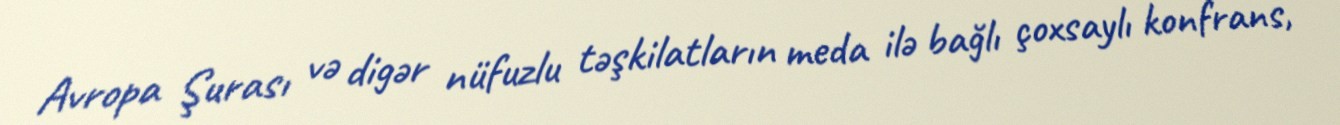
Avropa Şurası və digər nüfuzlu təşkilatların meda ilə bağlı çoxsaylı konfrans,